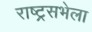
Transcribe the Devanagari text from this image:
राष्ट्रसभेला